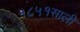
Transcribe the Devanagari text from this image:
१८५१साली